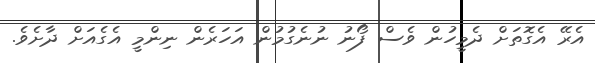
އެރޭ އެގޮތަށް ދެމީހުން ވެސް ފޯނު ނުނެގުމުން އަހަރެން ނިންމީ އެގެއަށް ދާށެވެ.